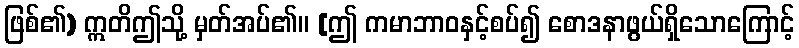
ဖြစ်၏) ဣတိဤသို့ မှတ်အပ်၏။ [ဤ ကမာဘာဝနှင့်စပ်၍ စောဒနာဖွယ်ရှိသောကြောင့်